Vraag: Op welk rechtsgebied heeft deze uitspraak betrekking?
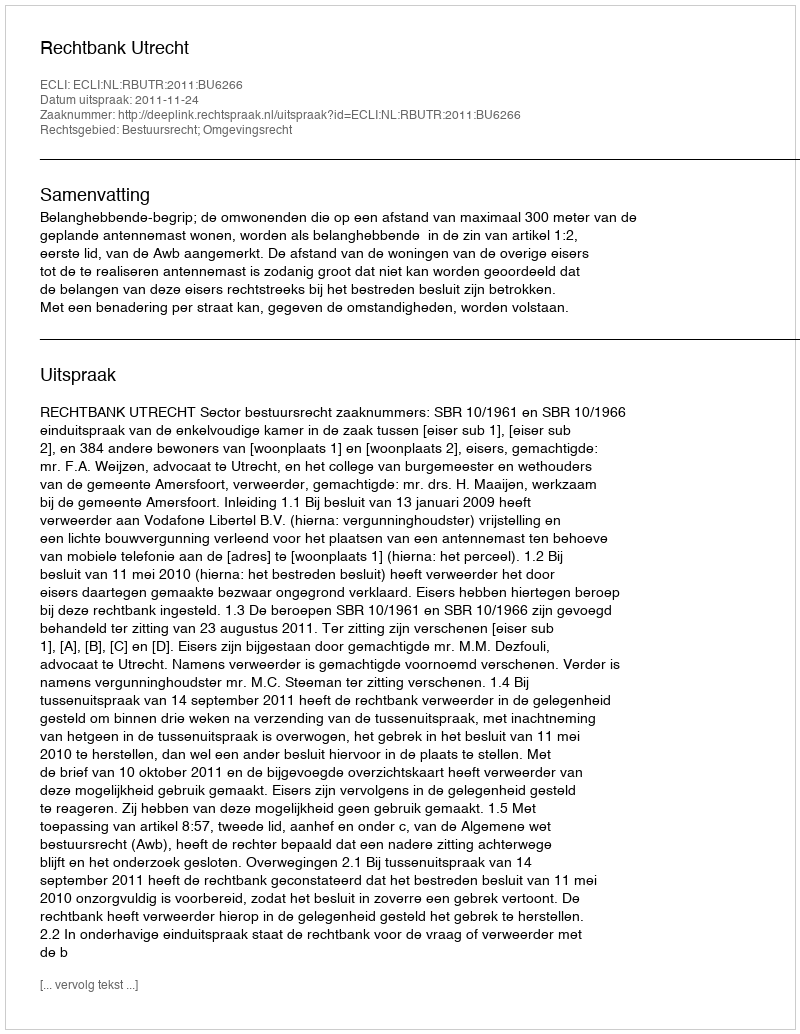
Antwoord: Bestuursrecht; Omgevingsrecht